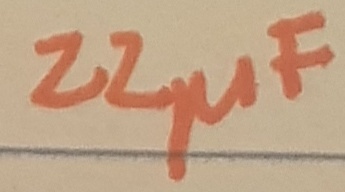
Text: 22µF